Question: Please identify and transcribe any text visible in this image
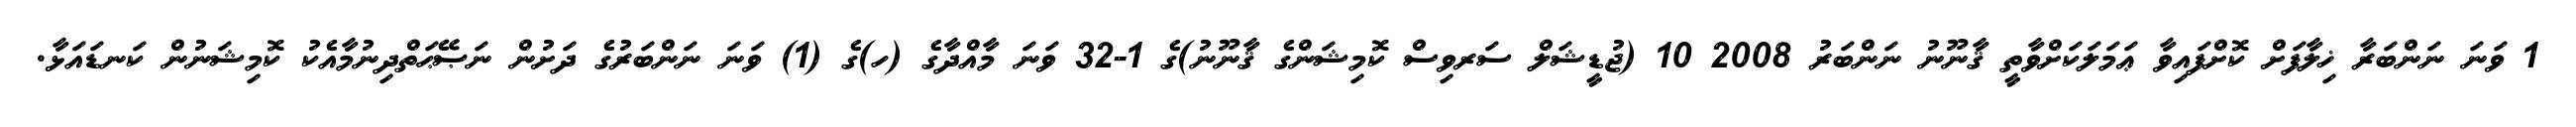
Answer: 1 ވަނަ ނަންބަރާ ޚިލާފަށް ކޮށްފައިވާ ޢަމަލަކަށްވާތީ ޤާނޫނު ނަންބަރު 2008 10 (ޖުޑީޝަލް ސަރވިސް ކޮމިޝަންގެ ޤާނޫނު)ގެ 1-32 ވަނަ މާއްދާގެ (ހ)ގެ (1) ވަނަ ނަންބަރުގެ ދަށުން ނަޞޭޙަތްދިނުމާއެކު ކޮމިޝަނުން ކަނޑައަޅާ.